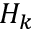
H _ { k }